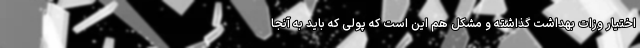
اختیار وزات بهداشت گذاشته و مشکل هم این است که پولی که باید به آنجا